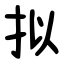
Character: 拟